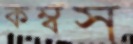
কম্বস